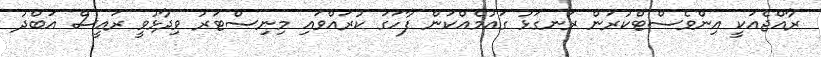
ރާއްޖެއަކީ އިންވެސްޓްކުރަން ރަނގަޅު ގައުމެއްކަން ފާހަގަ ކުރައްވައި މިނިސްޓަރު ވިދާޅުވީ ރައީސް އަބްދު